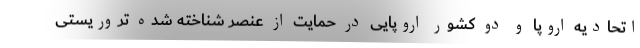
اتحادیه اروپا و دو کشور اروپایی در حمایت از عنصر شناخته شده تروریستی